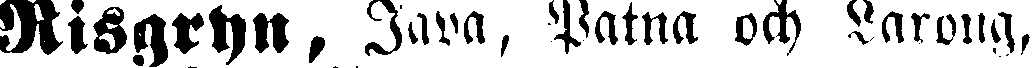
Risgryn, Java, Patna och Larong,